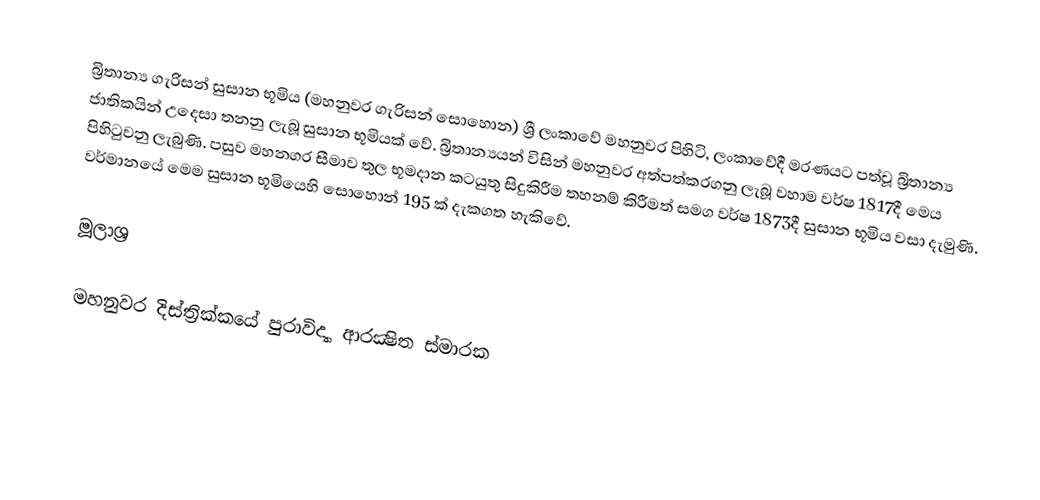
බ්‍රිතාන්‍ය ගැරිසන් සුසාන භූමිය (මහනුවර ගැරිසන් සොහොන) ශ්‍රී ලංකාවේ මහනුවර පිහිටි, ලංකාවේදී මරණයට පත්වූ බ්‍රිතාන්‍ය ජාතිකයින් උදෙසා තනනු ලැබූ සුසාන භූමියක් වේ. බ්‍රිතාන්‍යයන් විසින් මහනුවර අත්පත්කරගනු ලැබූ වහාම වර්ෂ 1817දී මෙය පිහිටුවනු ලැබුණි. පසුව මහනගර සීමාව තුල භූමදාන කටයුතු සිදුකිරීම තහනම් කිරීමත් සමග වර්ෂ 1873දී සුසාන භූමිය වසා දැමුණි. වර්මානයේ මෙම සුසාන භූමියෙහි සොහොන් 195 ක් දැකගත හැකිවේ.

මූලාශ්‍ර

මහනුවර දිස්ත්‍රික්කයේ පුරාවිද්‍යා ආරක්‍ෂිත ස්මාරක